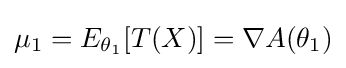
\mu _{1}=E_{\theta _{1}}[T(X)]=\nabla A(\theta _{1})